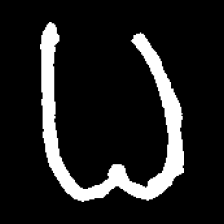
Pyu character \u2014 Myanmar letter: ဓ (romanized: dha)